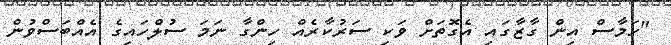
"ހަމާސް އިން ގާޒާގައި އެގޮތަށް ވަކި ސަރުކާރެއް ހިންގާ ނަމަ ސުލްހައިގެ އެއްބަސްވުން